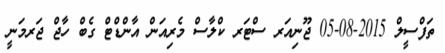
ތަފްސީލް 2015-08-05 ޖޫނިއަރ ސްޓަރ ކްލާސް މެރިއަން އާންޑްޓް ގެބް ހާޖް ޖަރމަނީ